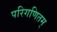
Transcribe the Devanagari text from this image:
परिगणितम्